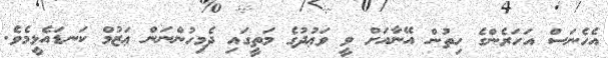
އެހެނަސް އަހަރެންގެ ހިތުން އޭނާއަށް ވީ ވަޢުދުގެ މަތީގައި ދެމިހުންނަން ޢަޒުމް ކަނޑައެޅީމެވެ.